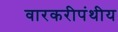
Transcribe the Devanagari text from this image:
वारकरीपंथीय